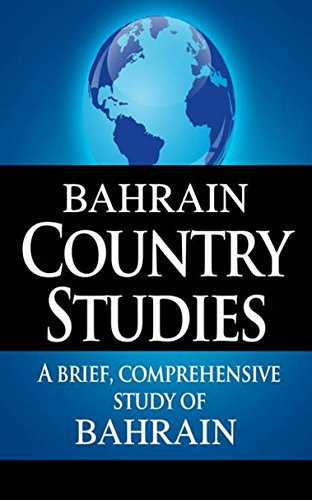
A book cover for BAHRAIN Country Studies: A brief, comprehensive study of Bahrain; CIA; History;